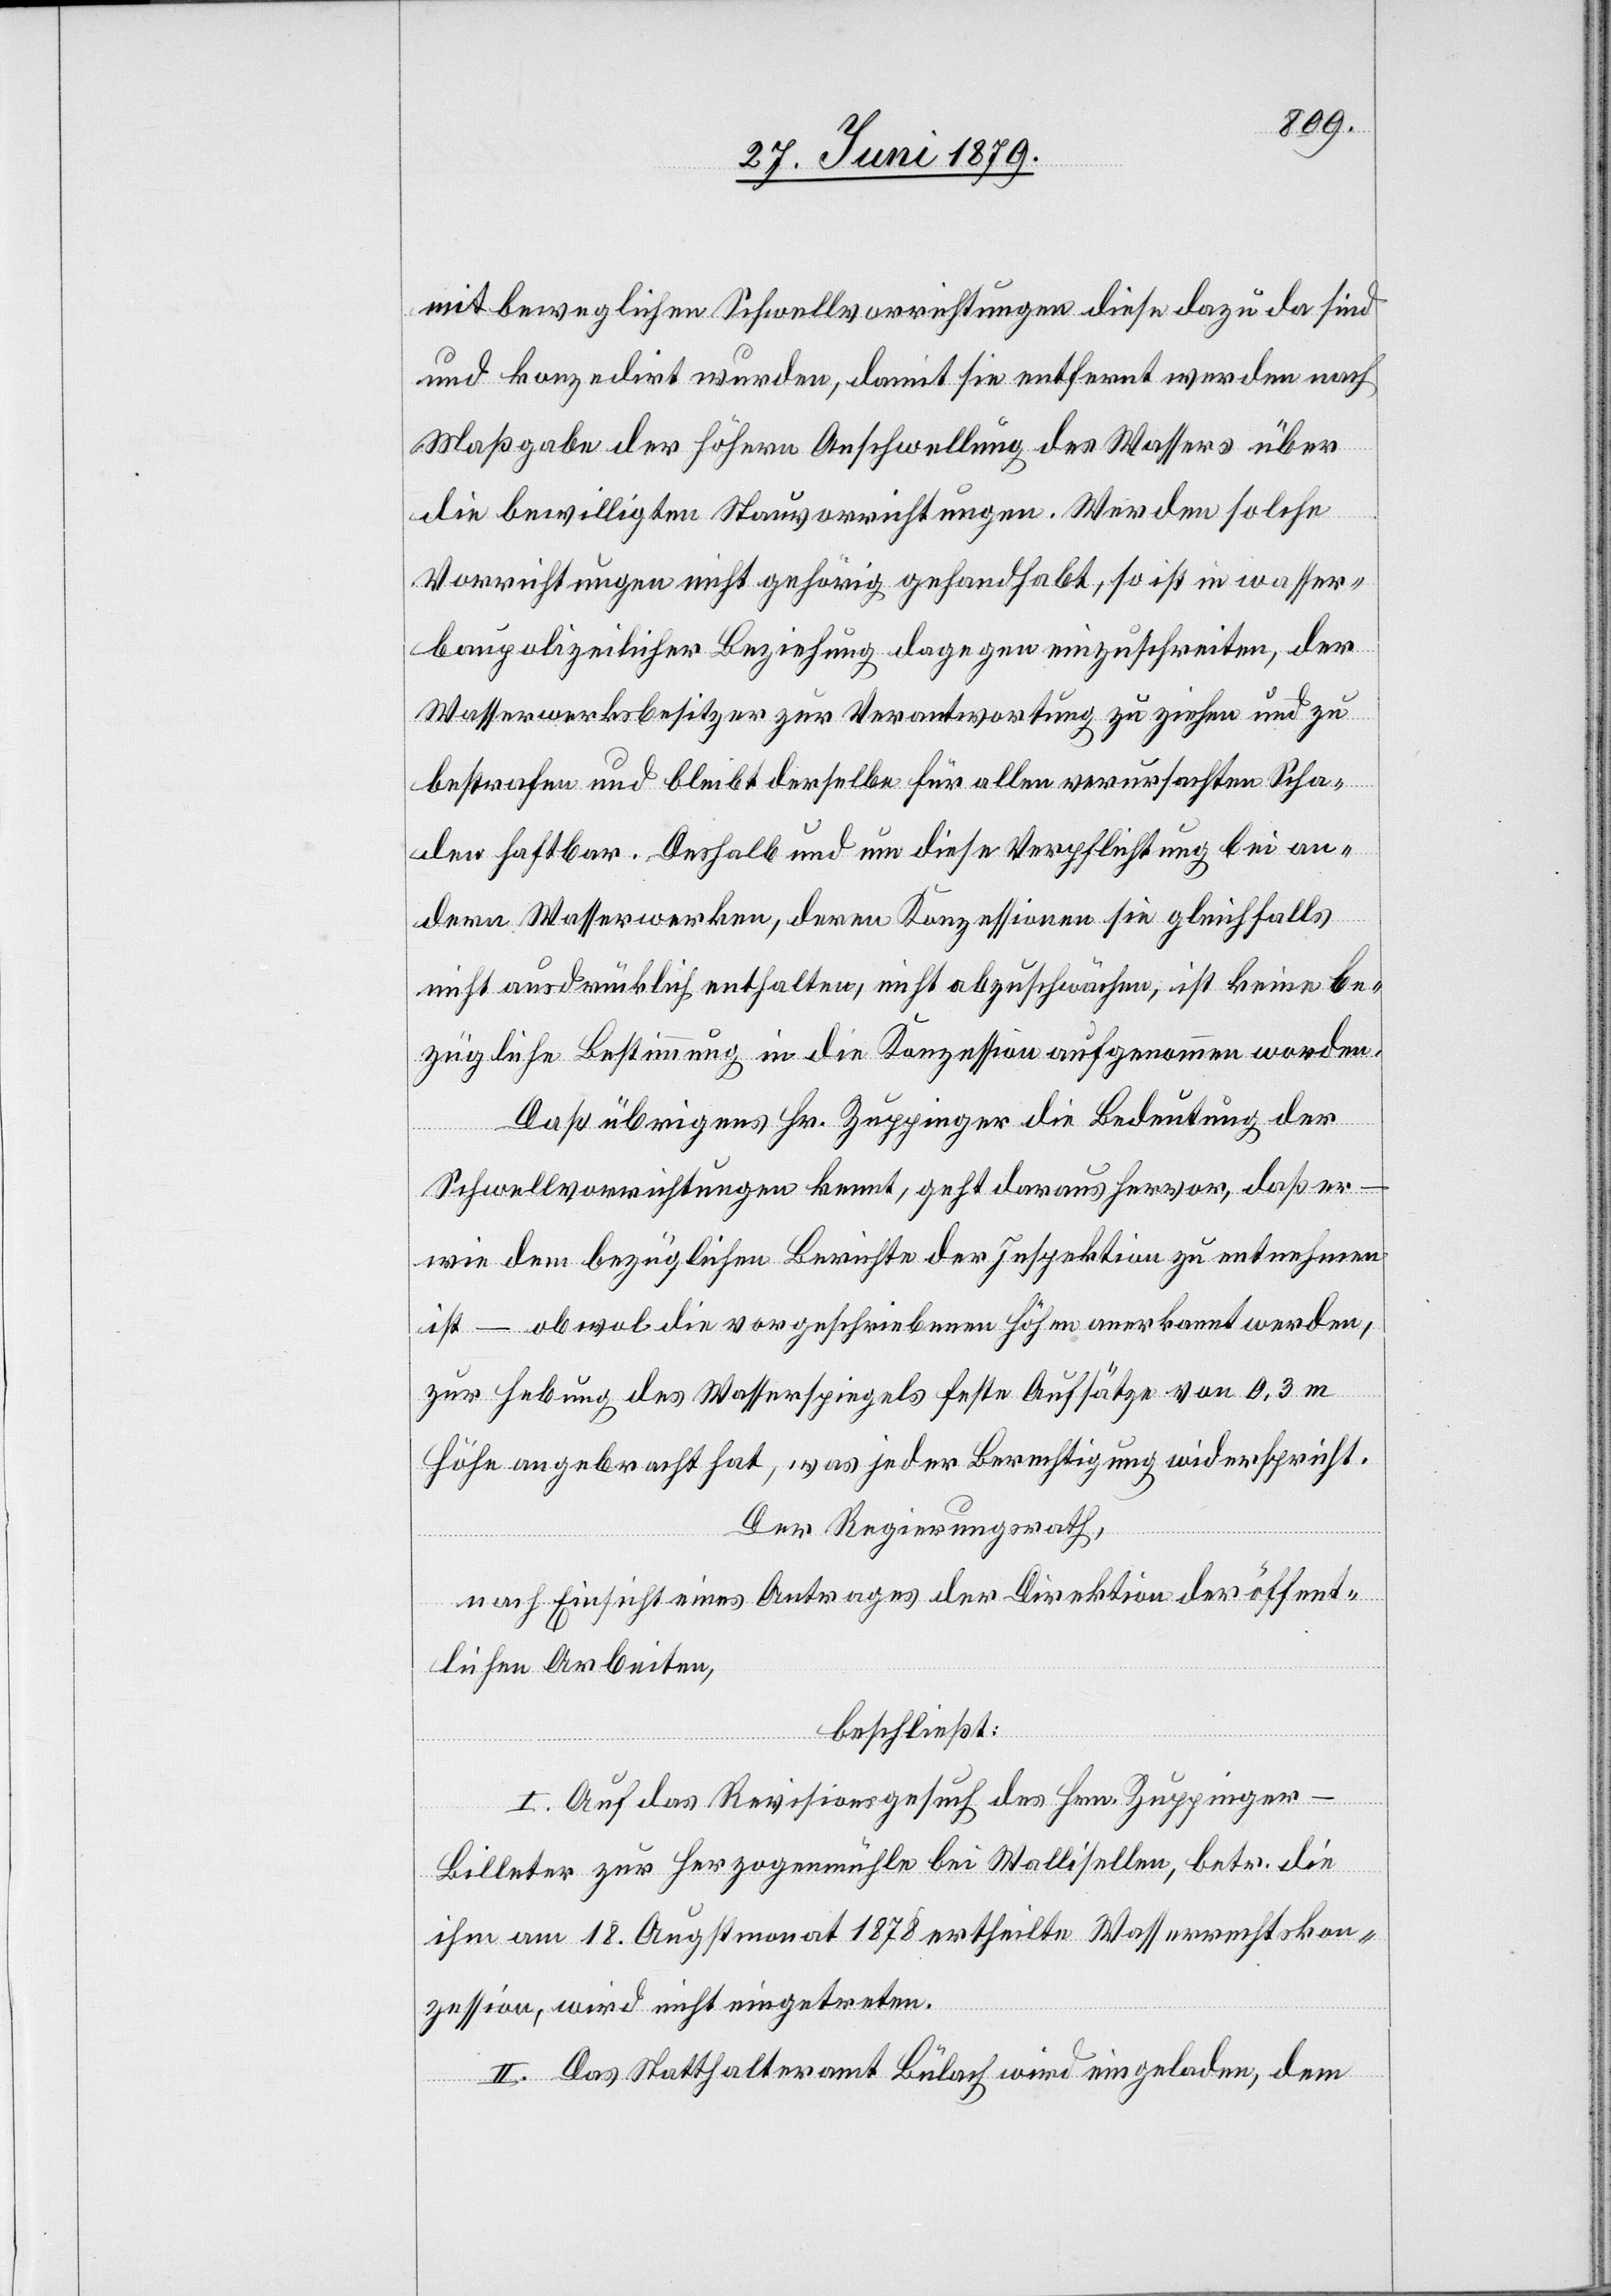
mit beweglichen Schwellvorrichtungen diese dazu da sind
und konzedirt wurden, damit sie entfernt werden nach
Maßgabe der höhern Anschwellung des Wassers über
die bewilligten Stauvorrichtungen. Werden solche
Vorrichtungen nicht gehörig gehandhabt, so ist in wasser¬
baupolizeilicher Beziehung dagegen einzuschreiten, der
Wasserwerksbesitzer zur Verantwortung zu ziehen und zu
bestrafen und bleibt derselbe für allen verursachten Scha¬
den haftbar. Deshalb und um diese Verpflichtung bei an¬
dern Wasserwerken, deren Konzessionen sie gleichfalls
nicht ausdrücklich enthalten, nicht abzuschwächen, ist keine be¬
zügliche Bestimmung in die Konzession aufgenommen worden.
Daß übrigens Hr. Zuppinger die Bedeutung der
Schwellvorrichtungen kennt, geht daraus hervor, daß er
wie dem bezüglichen Berichte der Inspektion zu entnehmen
ist – obwol die vorgeschriebenen Höhen anerkannt werden,
zur Hebung des Wasserspiegels feste Aufsätze von 0,3 m
Höhe angebracht hat, was jeder Berechtigung widerspricht.
Der Regierungsrath,
nach Einsicht eines Antrages der Direktion der öffent¬
lichen Arbeiten,
beschließt:
I. Auf das Revisionsgesuch des Hrn. Zuppinger-B¬
illeter zur Herzogenmühle bei Wallisellen, betr. die
ihm am 18. Augustmonat 1878 ertheilte Wasserrechtskon¬
zession, wird nicht eingetreten.
II. Das Statthalteramt Bülach wird eingeladen, dem